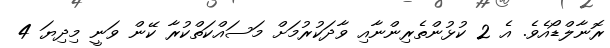
ރޮނާލްޑޯއެވެ. އެ 2 ކުޅުންތެރިންނާއި ވާދަކުރުމަށް މަސައްކަތްކުރާ ކޭން ވަނީ މިދިޔަ 4